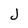
Character: J